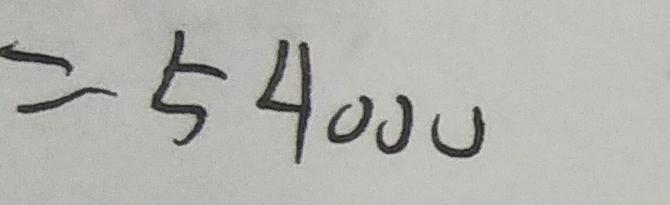
= 5 4 0 0